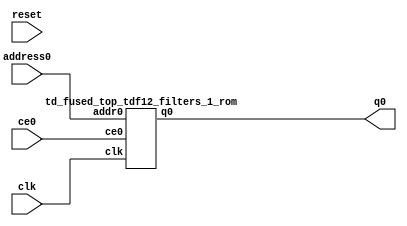
`define EXPONENT 5
`define MANTISSA 10
`define ACTUAL_MANTISSA 11
`define EXPONENT_LSB 10
`define EXPONENT_MSB 14
`define MANTISSA_LSB 0
`define MANTISSA_MSB 9
`define MANTISSA_MUL_SPLIT_LSB 3
`define MANTISSA_MUL_SPLIT_MSB 9
`define SIGN 1
`define SIGN_LOC 15
`define DWIDTH (`SIGN+`EXPONENT+`MANTISSA)
`define IEEE_COMPLIANCE 1

module td_fused_top_tdf12_filters_1(
    reset,
    clk,
    address0,
    ce0,
    q0);

parameter DataWidth = 32'd32;
parameter AddressRange = 32'd32000;
parameter AddressWidth = 32'd15;
input reset;
input clk;
input[AddressWidth - 1:0] address0;
input ce0;
output[DataWidth - 1:0] q0;



td_fused_top_tdf12_filters_1_rom td_fused_top_tdf12_filters_1_rom_U(
    .clk( clk ),
    .addr0( address0 ),
    .ce0( ce0 ),
    .q0( q0 )
);

endmodule
  module td_fused_top_tdf12_filters_1_rom (
addr0, ce0, q0, clk);

parameter DWIDTH = 32;
parameter AWIDTH = 15;
parameter MEM_SIZE = 32000;

input[AWIDTH-1:0] addr0;
input ce0;
output reg[DWIDTH-1:0] q0;
input clk;

 reg [DWIDTH-1:0] ram[MEM_SIZE-1:0];

//initial begin
//    $readmemh("./td_fused_top_tdf12_filters_1_rom.dat", ram);
//end



always @(posedge clk)  
begin 
    if (ce0) 
    begin
        q0 <= ram[addr0];
    end
end



endmodule